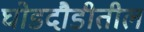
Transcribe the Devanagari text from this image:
घोडदौडीतील